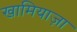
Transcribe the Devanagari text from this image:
खामियाज़ा